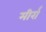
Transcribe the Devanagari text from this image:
मीर्रा